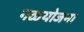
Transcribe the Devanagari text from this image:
नळयोजना